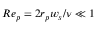
R e _ { p } = 2 r _ { p } w _ { s } / \nu \ll 1